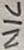
Text: N/C